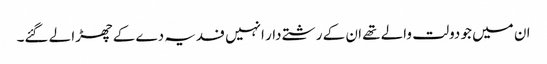
ان میں جو دولت والے تھے ان کے رشتے دار انہیں فدیہ دے کے چھڑا لے گئے۔